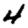
Digit: 4